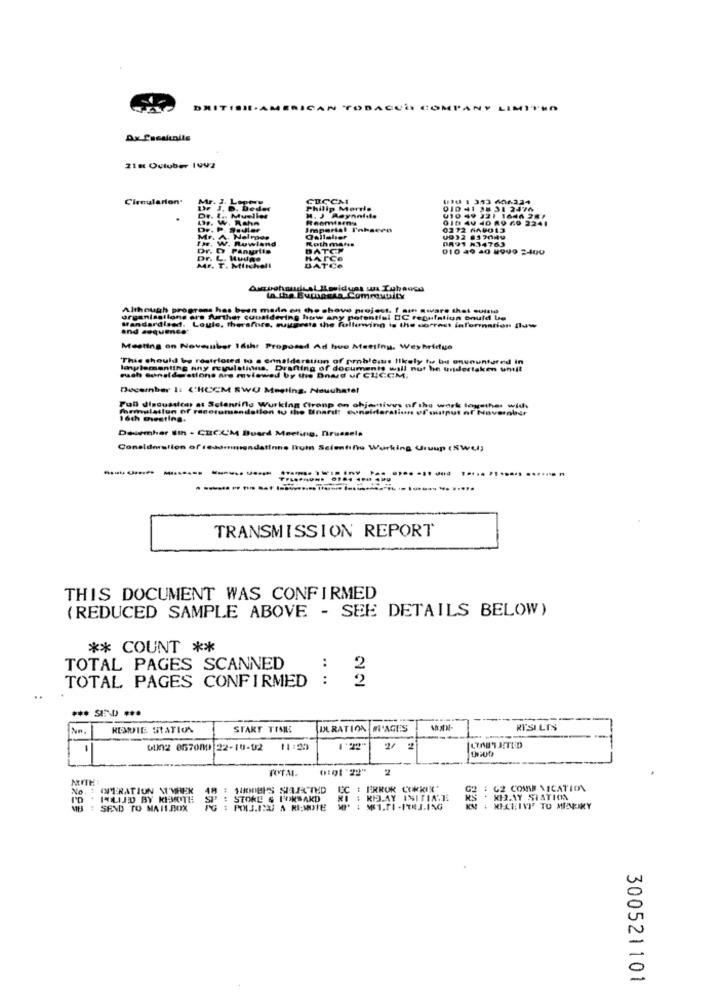
D
cui
COMPANY LIMITHO
Ax Casalunits
21H Outuber 1992
Circularion'
Gift 40 40 R9 60 2241
Imperia
Fahacen
0272 640013
Qellalı
Roth m
0891 834763
010 49 40 8990 2400
chell
la the Burhasta Commentiity
Although programs has been made on the shove projest. I am aware shot cutno
ganisations er's further considering how any potential BC regulation could be
Mandardised. Loule, therefore, muyavata the following is the correct information luw
and sequence
Meeting on November 16thr Proposed Ad hue Meeting, Weybridge
This should be restricted to a consideration of problems likely to be onununtured in
Implementing any revulstinns. Dranting of documents wall nut he undertaken uneit
euch considerations are mviewed by the Boud ur CLCCM.
December 1: CHCCM SWO Meeting, Neuchatel
Full discussicar at Scientiflu Wurking Ctronp on ohjemivus of the work together wid
formulation of recerumsedation tu the Binard: consideration ofoutput of November
16ch testing.
Desemhar Ith - CIC.C'M Buard Meeting, Brussels
Coneldaration of recommendatinne Irom Scientific Working Uruup (SWLI)
TRANSMISSION REPORT
THIS DOCUMENT WAS CONFIRMED
(REDUCED SAMPLE ABOVE - SEE DETAILS BELOW)
** COUNT **
:
TOTAL PAGES SCANNED
2
TOTAL PAGES CONFIRMED :
2
KONNTE STATION
START TIME
DURATION |M'AGE'S
RTSILTS
-
012 857080 22-10-12
11:59
2/
2/ 2
ROTA.
NO. : OPERATION NIMHER 48 : 1800EKS SILECTED
48
EC : ERROR CORRIX"
G2 : 02 COME NICATION
I'D * HLED BY KISOTE SP : STORE & HONSAKD
HI : RELAY INITIATE
K12.1Y STATION
MB : SEND TO MAILBOX
FG : POIJESUS A RI;NOTE
MP* : MSI.FI -FRJ.ING
MIEIVI TO MIAFIKY
300521101